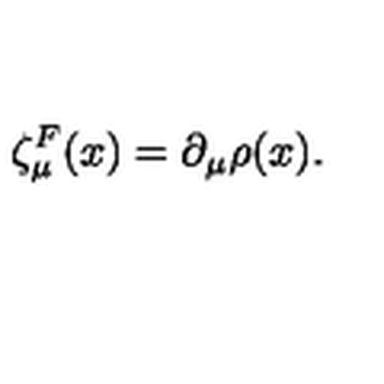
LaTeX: \zeta _ { \mu } ^ { F } ( x ) = \partial _ { \mu } \rho ( x ) .